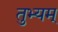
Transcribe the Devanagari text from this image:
तुभ्यम्